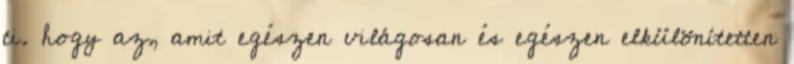
ti. hogy az, amit egészen világosan és egészen elkülönítetten